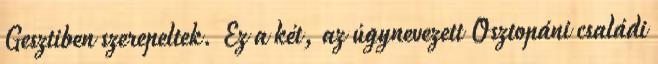
Gesztiben szerepeltek. Ez a két, az úgynevezett Osztopáni családi